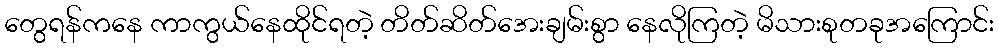
တွေရန်ကနေ ကာကွယ်နေထိုင်ရတဲ့ တိတ်ဆိတ်အေးချမ်းစွာ နေလိုကြတဲ့ မိသားစုတခုအကြောင်း